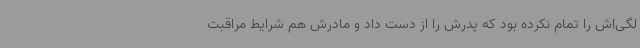
لگی‌اش را تمام نکرده بود که پدرش را از دست داد و مادرش هم شرایط مراقبت